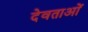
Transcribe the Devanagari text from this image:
देवताअाें